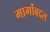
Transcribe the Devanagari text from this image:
मार्गोबद्दल